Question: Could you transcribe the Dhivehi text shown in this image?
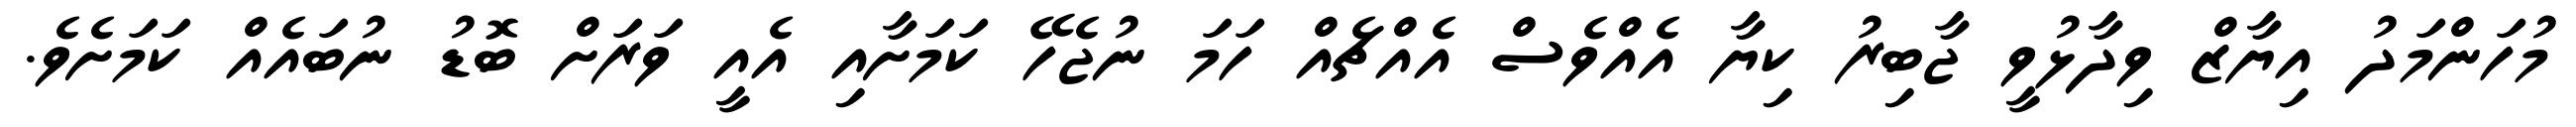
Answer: މުހަންމަދު އިޔާޒް ވިދާޅުވީ ޖާބިރު ކިޔާ އެއްވެސް އެއްޗެއް ހަމަ ނުޖެހޭ ކަމަށާއި އެއީ ވަރަށް ބޮޑު ނުބައެއް ކަމަށެވެ.